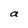
Character: a